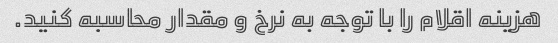
هزینه اقلام را با توجه به نرخ و مقدار محاسبه کنید.